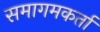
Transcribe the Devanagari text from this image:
समागमकर्ता